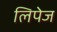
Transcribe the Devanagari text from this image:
लिपेज